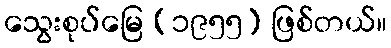
သွေးစုပ်မြေ (၁၉၅၅) ဖြစ်တယ်။